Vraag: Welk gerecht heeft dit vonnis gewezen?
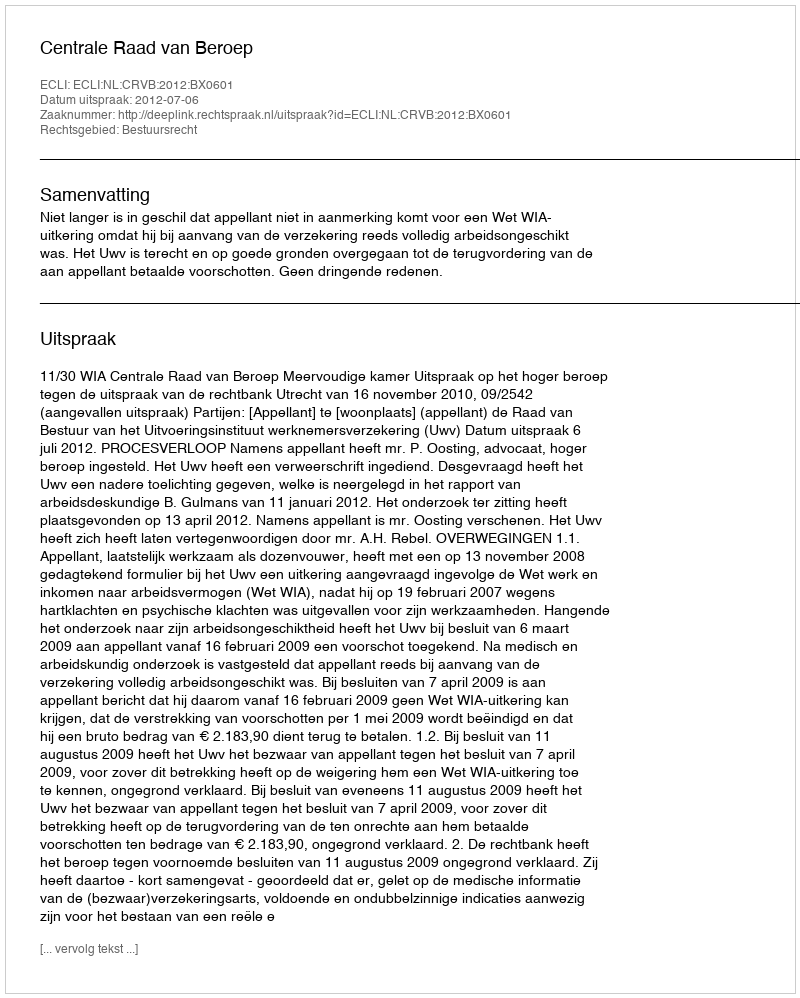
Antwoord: Centrale Raad van Beroep